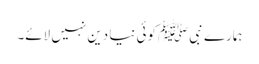
ہمارے نبی ﷺکوئی نیا دین نہیں لائے۔